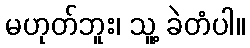
မဟုတ်ဘူး၊ သူ့ ခဲတံပါ။